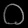
Digit: ၀